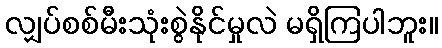
လျှပ်စစ်မီးသုံးစွဲနိုင်မှုလဲ မရှိကြပါဘူး။